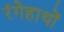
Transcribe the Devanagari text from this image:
रंगेहाथों